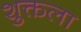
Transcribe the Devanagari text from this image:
शुक्तला